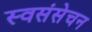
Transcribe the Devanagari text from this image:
स्वसंसेचन